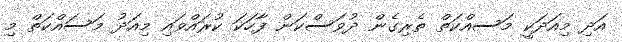
އަދި މިއަދަކީ މަސއްކަތް ތެރިގެން ދުވަސްކަން ފާހަކަ ކުރައްވައި މިއަދު މަސައްކަތް މި